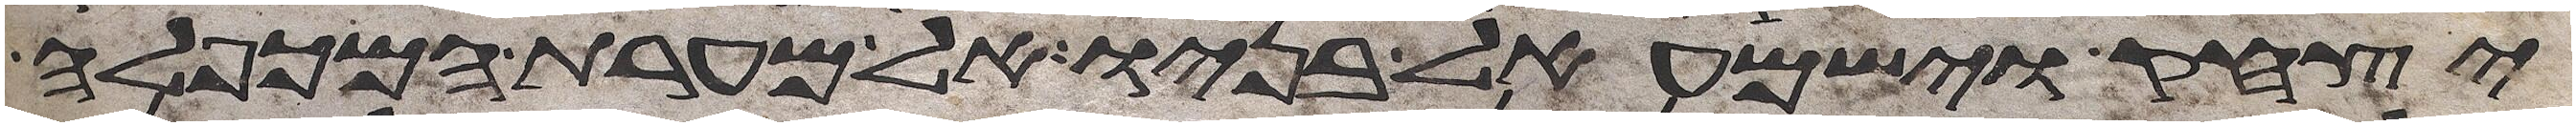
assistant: יצחק וישמעאל בניו אל מערת המכפלה